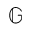
\mathbb { G }